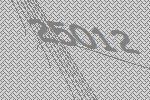
25012